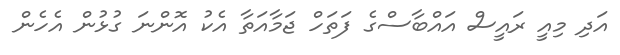
އަދި މިއީ ރައީސް އައްބާސްގެ ފަތަހް ޖަމާއަތާ އެކު އޮންނަ ގުޅުން އެހެން